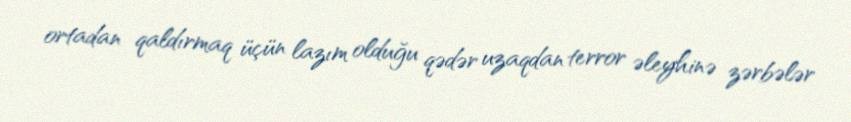
ortadan qaldırmaq üçün lazım olduğu qədər uzaqdan terror əleyhinə zərbələr